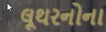
લૂથરનોના